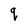
Character: q